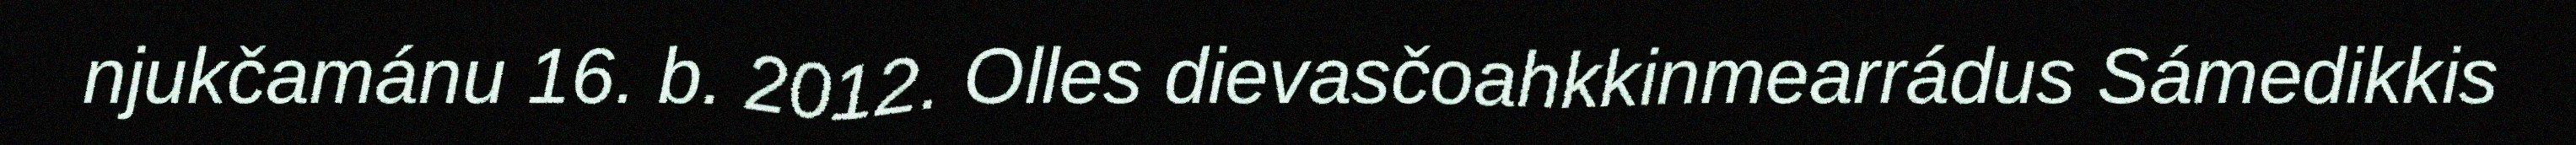
njukčamánu 16. b. 2012. Olles dievasčoahkkinmearrádus Sámedikkis